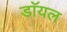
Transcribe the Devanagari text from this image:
डाॅयल